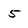
Character: 5